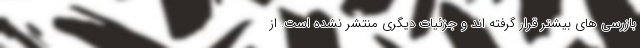
بازرسی های بیشتر قرار گرفته اند و جزئیات دیگری منتشر نشده است. از